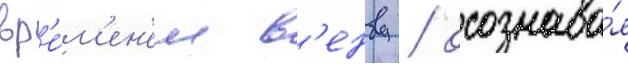
вр'е́м'ен'ем в'енву / осознава́я